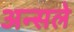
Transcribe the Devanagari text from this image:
अन्सले